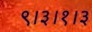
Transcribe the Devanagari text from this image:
९।३।१।३